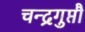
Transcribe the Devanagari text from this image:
चन्द्रगुप्तौ